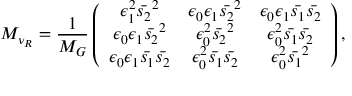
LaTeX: M _ { \nu _ { R } } = \frac { 1 } { M _ { G } } \left( \begin{array} { c c c } { { \epsilon _ { 1 } ^ { 2 } \bar { s _ { 2 } } ^ { 2 } } } & { { \epsilon _ { 0 } \epsilon _ { 1 } \bar { s _ { 2 } } ^ { 2 } } } & { { \epsilon _ { 0 } \epsilon _ { 1 } \bar { s _ { 1 } } \bar { s _ { 2 } } } } \\ { { \epsilon _ { 0 } \epsilon _ { 1 } \bar { s _ { 2 } } ^ { 2 } } } & { { \epsilon _ { 0 } ^ { 2 } \bar { s _ { 2 } } ^ { 2 } } } & { { \epsilon _ { 0 } ^ { 2 } \bar { s _ { 1 } } \bar { s _ { 2 } } } } \\ { { \epsilon _ { 0 } \epsilon _ { 1 } \bar { s _ { 1 } } \bar { s _ { 2 } } } } & { { \epsilon _ { 0 } ^ { 2 } \bar { s _ { 1 } } \bar { s _ { 2 } } } } & { { \epsilon _ { 0 } ^ { 2 } \bar { s _ { 1 } } ^ { 2 } } } \end{array} \right) ,